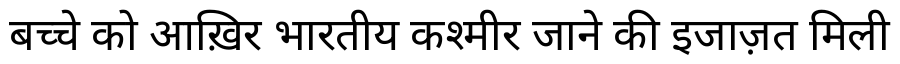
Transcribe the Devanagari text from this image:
बच्चे को आख़िर भारतीय कश्मीर जाने की इजाज़त मिली